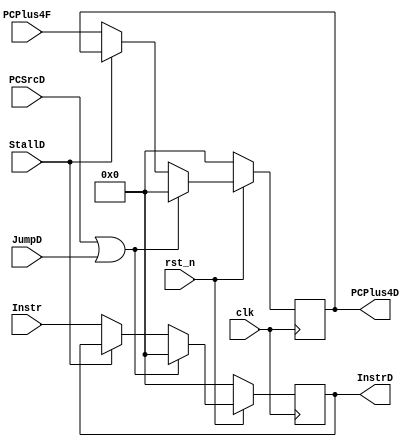
module IF_ID_Register(
    // System Clock
    input        clk,
    input        rst_n,

    input               StallD,
    input               PCSrcD,
    input               JumpD,
    // User Interface
    input       [31:0]  PCPlus4F,
    input       [31:0]  Instr,

    output  reg [31:0]  PCPlus4D,
    output  reg [31:0]  InstrD
);

    always @(posedge clk ) begin
        if (~rst_n) begin
            PCPlus4D <= 32'b0;
            InstrD <= 32'b0;
        end
        else if (PCSrcD || JumpD) begin
            InstrD <= 32'b0;
            PCPlus4D <= 32'b0;
        end
        else if (StallD) begin
            PCPlus4D <= PCPlus4D;
            InstrD   <= InstrD;
        end
        else begin
            // total 64bits
            PCPlus4D <= PCPlus4F;
            InstrD   <= Instr;
        end
    end

endmodule